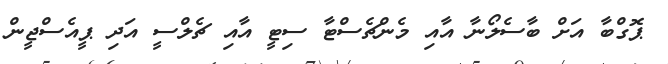
ޕޮގްބާ އަށް ބާސެލޯނާ އާއި މެންޗެސްޓާ ސިޓީ އާއި ޗެލްސީ އަދި ޕީއެސްޖީން